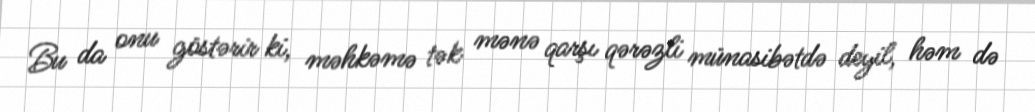
Bu da onu göstərir ki, məhkəmə tək mənə qarşı qərəzli münasibətdə deyil, həm də